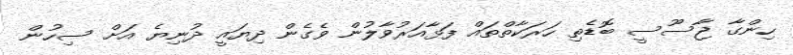
ހިންގާ ޖާސޫސީ ބޮޑެތި ހަރަކާތްތައް ފަޅާއަރުވާލުން ވެގެން ދިޔައީ ދުނިޔެ އަށް ސިހުން